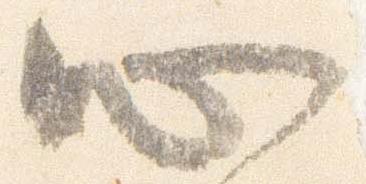
心